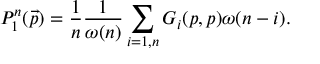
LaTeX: P _ { 1 } ^ { n } ( \vec { p } ) = \frac { 1 } { n } \frac { 1 } { \omega ( n ) } \sum _ { i = 1 , n } G _ { i } ( p , p ) \omega ( n - i ) .